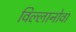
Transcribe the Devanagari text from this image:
विल्लानोवा